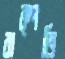
বাক্‌পতি